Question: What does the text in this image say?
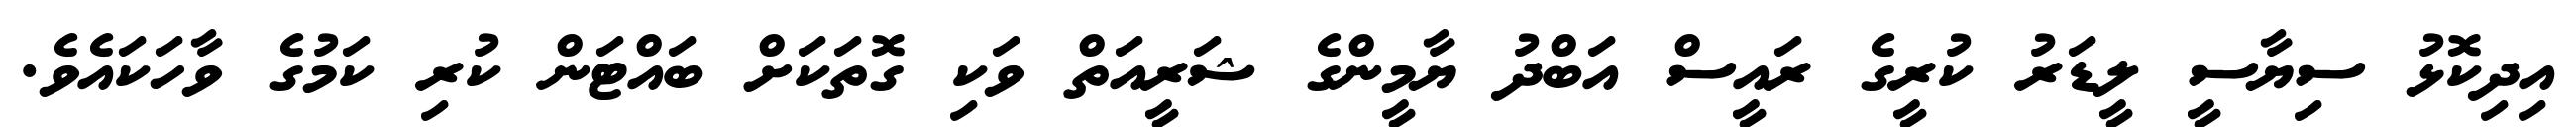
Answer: އިދިކޮޅު ސިޔާސީ ލީޑަރު ކުރީގެ ރައީސް އަބްދު ޔާމީންގެ ޝަރީއަތް ވަކި ގޮތަކަށް ބައްޓަން ކުރި ކަމުގެ ވާހަކައެވެ.